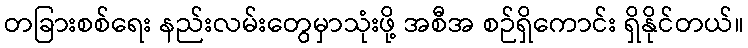
တခြားစစ်ရေး နည်းလမ်းတွေမှာသုံးဖို့ အစီအ စဉ်ရှိကောင်း ရှိနိုင်တယ်။